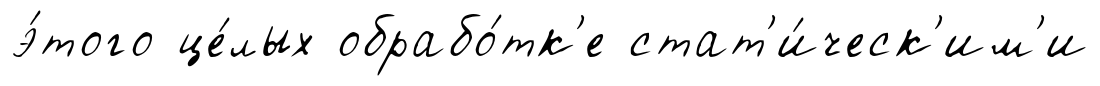
э́того це́лых обрабо́тк'е стат'и́ческ'им'и